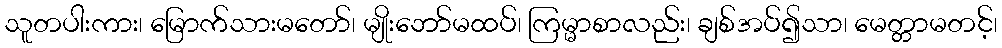
သူတပါးကား၊ မြောက်သားမတော်၊ မျိုးဘော်မထပ်၊ ကြမ္မာစာလည်း၊ ချစ်အပ်၍သာ၊ မေတ္တာမတင့်၊